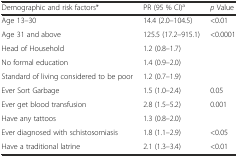
<table><thead><tr><td><b>Demographic and risk factors*</b></td><td><b>PR (95 % CI)<sup>a</sup></b></td><td><b><i>p</i> Value</b></td></tr></thead><tbody><tr><td>Age 13–30</td><td>14.4 (2.0–104.5)</td><td>&lt;0.01</td></tr><tr><td>Age 31 and above</td><td>125.5 (17.2–915.1)</td><td>&lt;0.0001</td></tr><tr><td>Head of Household</td><td>1.2 (0.8–1.7)</td><td></td></tr><tr><td>No formal education</td><td>1.4 (0.9–2.0)</td><td></td></tr><tr><td>Standard of living considered to be poor</td><td>1.2 (0.7–1.9)</td><td></td></tr><tr><td>Ever Sort Garbage</td><td>1.5 (1.0–2.4)</td><td>0.05</td></tr><tr><td>Ever get blood transfusion</td><td>2.8 (1.5–5.2)</td><td>0.001</td></tr><tr><td>Have any tattoos</td><td>1.3 (0.8–2.0)</td><td></td></tr><tr><td>Ever diagnosed with schistosomiasis</td><td>1.8 (1.1–2.9)</td><td>&lt;0.05</td></tr><tr><td>Have a traditional latrine</td><td>2.1 (1.3–3.4)</td><td>&lt;0.01</td></tr></tbody></table>